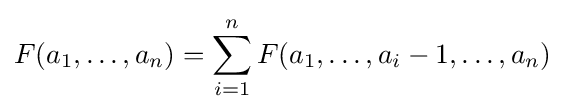
F(a_{1},\dots ,a_{n})=\sum _{i=1}^{n}F(a_{1},\dots ,a_{i}-1,\dots ,a_{n})